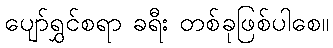
ပျော်ရွှင်စရာ ခရီး တစ်ခုဖြစ်ပါစေ။